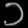
Digit: ၁